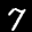
Label: 7